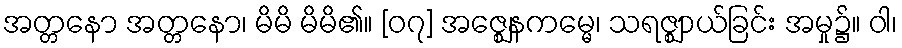
အတ္တနော အတ္တနော၊ မိမိ မိမိ၏။ [၀၇] အဇ္ဈေနကမ္မေ၊ သရဇ္ဈာယ်ခြင်း အမှု၌။ ဝါ၊